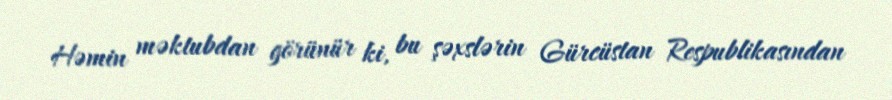
Həmin məktubdan görünür ki, bu şəxslərin Gürcüstan Respublikasından